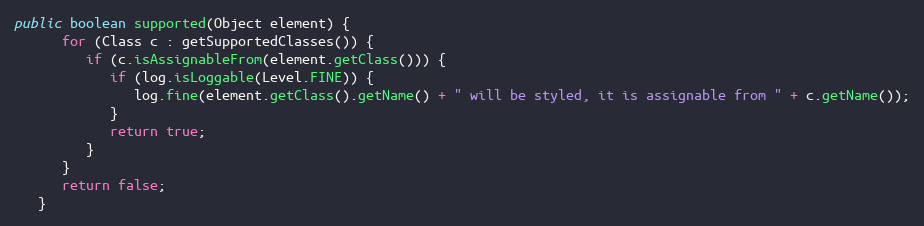
Language: Java
public boolean supported(Object element) {
      for (Class c : getSupportedClasses()) {
         if (c.isAssignableFrom(element.getClass())) {
            if (log.isLoggable(Level.FINE)) {
               log.fine(element.getClass().getName() + " will be styled, it is assignable from " + c.getName());
            }
            return true;
         }
      }
      return false;
   }